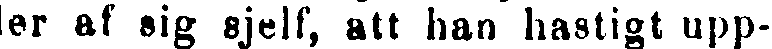
ler af sig sjelf, att han hastigt upp-